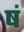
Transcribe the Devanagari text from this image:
षं